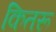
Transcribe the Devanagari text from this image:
कितरू